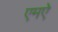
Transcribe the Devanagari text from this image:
एमऐ